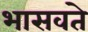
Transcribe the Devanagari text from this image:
भासवते